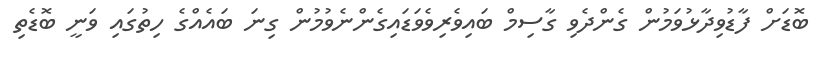
ބޮޑަށް ފާޑުވިދާޅުވަމުން ގެންދެވި ގާސިމް ބައިވެރިވެވަޑައިގެންނެވުމުން ގިނަ ބައެއްގެ ހިތުގައި ވަނީ ބޮޑެތި